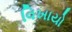
વિખાયો